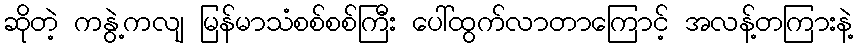
ဆိုတဲ့ ကနွဲ့ကလျ မြန်မာသံစစ်စစ်ကြီး ပေါ်ထွက်လာတာကြောင့် အလန့်တကြားနဲ့